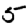
Digit: 5